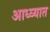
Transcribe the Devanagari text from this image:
आध्व्यात